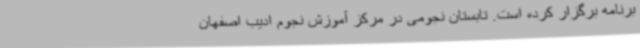
برنامه برگزار کرده است. تابستان نجومی در مرکز آموزش نجوم ادیب اصفهان